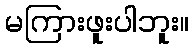
မကြားဖူးပါဘူး။